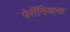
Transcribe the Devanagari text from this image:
पेर्रीनियाना